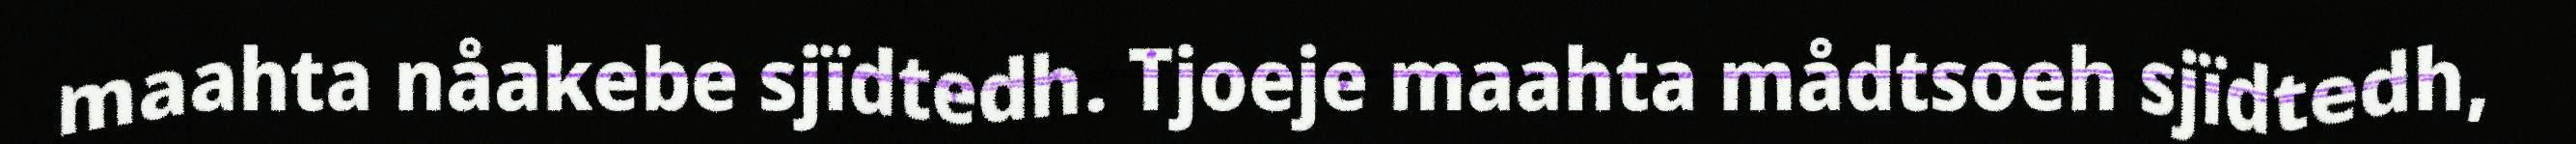
maahta nåakebe sjïdtedh. Tjoeje maahta mådtsoeh sjïdtedh,